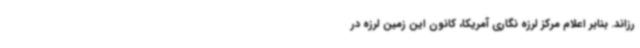
رزاند. بنابر اعلام مرکز لرزه نگاری آمریکا، کانون این زمین لرزه در